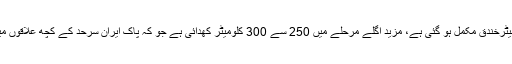
ایف سی کے ڈی آئی جی بر یگیڈیئر طاہر محمود نے صحافیوں کو بتایا کہ "ابھی تک تقر یباً 500 کلو میٹرخندق مکمل ہو گئی ہے، مزید اگلے مرحلے میں 250 سے 300 کلومیٹر کھدائی ہے جو کہ پاک ایران سرحد کے کچھ علاقوں میں بھی کر یں گے اور پاک افغان سرحد پر جو کچھ مشکل علاقے ہیں اُس پر بھی کام شروع کر یں گے۔